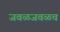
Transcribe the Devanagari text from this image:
जवळजवळच